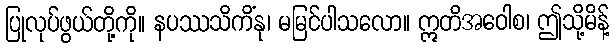
ပြုလုပ်ဖွယ်တို့ကို။ နပဿသိကိံနု၊ မမြင်ပါသလော။ ဣတိအဝေါစ၊ ဤသို့မိန့်